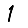
Digit: 1